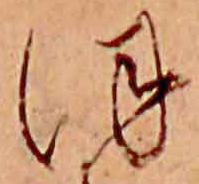
ほ